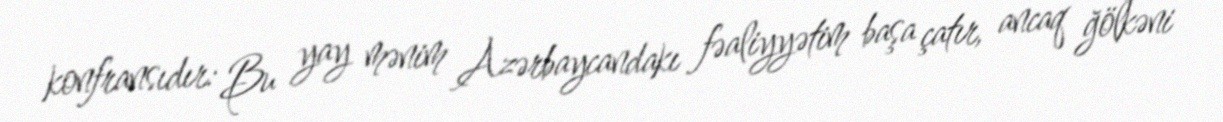
konfransıdır: Bu yay mənim Azərbaycandakı fəaliyyətim başa çatır, ancaq ğölkəni